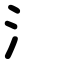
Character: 氵